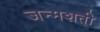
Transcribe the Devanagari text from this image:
जन्‍मशती